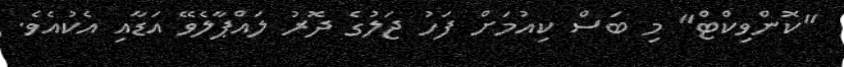
"ކޮންވިކްޓް" މި ބަސް ކިއުމަށް ފަހު ޖަލުގެ ދޮރު ލައްޕާލެވޭ އަޑާއި އެކުއެވެ.